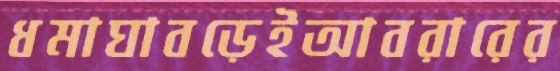
ধমাঘাবড়েইআবরারের